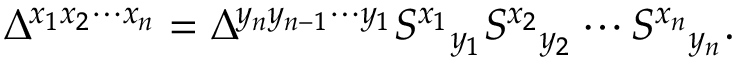
\Delta ^ { x _ { 1 } x _ { 2 } \cdots x _ { n } } = \Delta ^ { y _ { n } y _ { n - 1 } \cdots y _ { 1 } } S ^ { x _ { 1 } } { } _ { y _ { 1 } } S ^ { x _ { 2 } } { } _ { y _ { 2 } } \cdots S ^ { x _ { n } } { } _ { y _ { n } } .